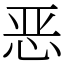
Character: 恶